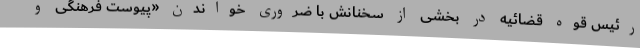
رئیس قوه قضائیه در بخشی از سخنانش با ضروری خواندن «پیوست فرهنگی و